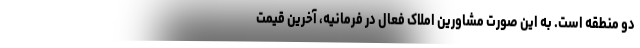
دو منطقه است. به این صورت مشاورین املاک فعال در فرمانیه، آخرین قیمت